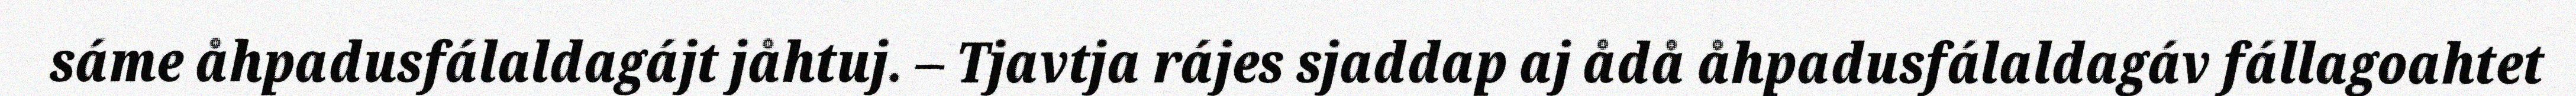
sáme åhpadusfálaldagájt jåhtuj. – Tjavtja rájes sjaddap aj ådå åhpadusfálaldagáv fállagoahtet